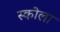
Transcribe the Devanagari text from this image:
स्कोला